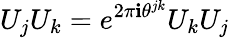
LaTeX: U_{j}U_{k}=e^{2\pi\mathbf{i}\theta^{jk}}U_{k}U_{j}